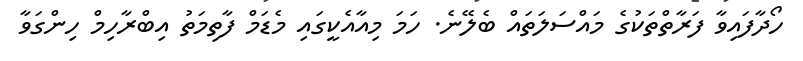
ހޯދާފައިވާ ފަރާތްތަކުގެ މައްސަލަތައް ބެލޭނެ. ހަމަ މިއާއެކީގައި މެޑަމް ފާތިމަތު އިބްރާހިމް ހިންގަވާ